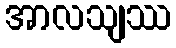
အာလသျဿ